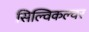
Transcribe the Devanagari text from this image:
सिल्विकल्चर